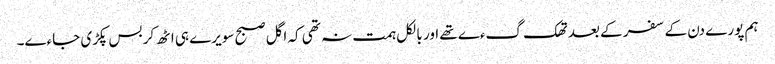
ہم پورے دن کے سفر کے بعد تھک گءے تھے اور بالکل ہمت نہ تھی کہ اگل صبح سویرے ہی اٹھ کر بس پکڑی جاءے۔